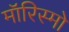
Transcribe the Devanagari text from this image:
मॉरिस्मो